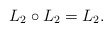
\begin{align*}L_2\circ L_2= L_2. \end{align*}